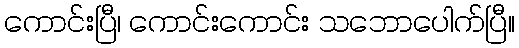
ကောင်းပြီ၊ ကောင်းကောင်း သဘောပေါက်ပြီ။